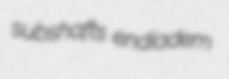
subshafts endiadem